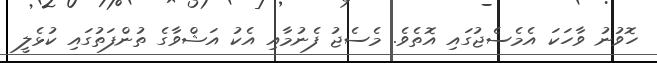
ހޮވުނު ވާހަކަ އެމެސެޖުގައި އޮތެވެ. މެސެޖު ފެނުމާއި އެކު އަޝްވާގެ ތުންފަތުގައި ކުޅެލީ